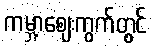
ကမ္ဘာ့ဈေးကွက်တွင်